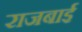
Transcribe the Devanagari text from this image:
राजबाई